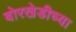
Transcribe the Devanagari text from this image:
बोरखेडीच्या